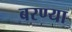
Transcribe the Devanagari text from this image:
बरण्या